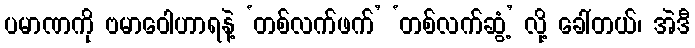
ပမာဏကို ဗမာဝေါဟာရနဲ့ ‘တစ်လက်ဖက်’ ‘တစ်လက်ဆွံ့’ လို့ ခေါ်တယ်၊ အဲဒီ